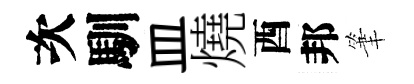
次馴皿燒酉邦筆